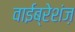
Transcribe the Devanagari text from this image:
वाईब्रेशंज़